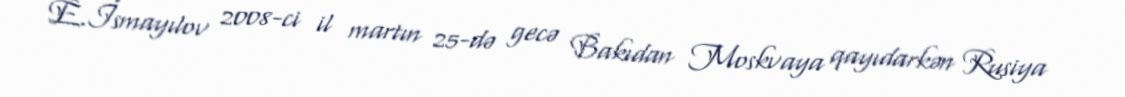
E.İsmayılov 2008-ci il martın 25-də gecə Bakıdan Moskvaya qayıdarkən Rusiya